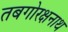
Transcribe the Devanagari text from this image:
तबगोरक्षनाथ